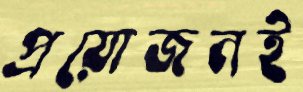
প্রয়োজনই